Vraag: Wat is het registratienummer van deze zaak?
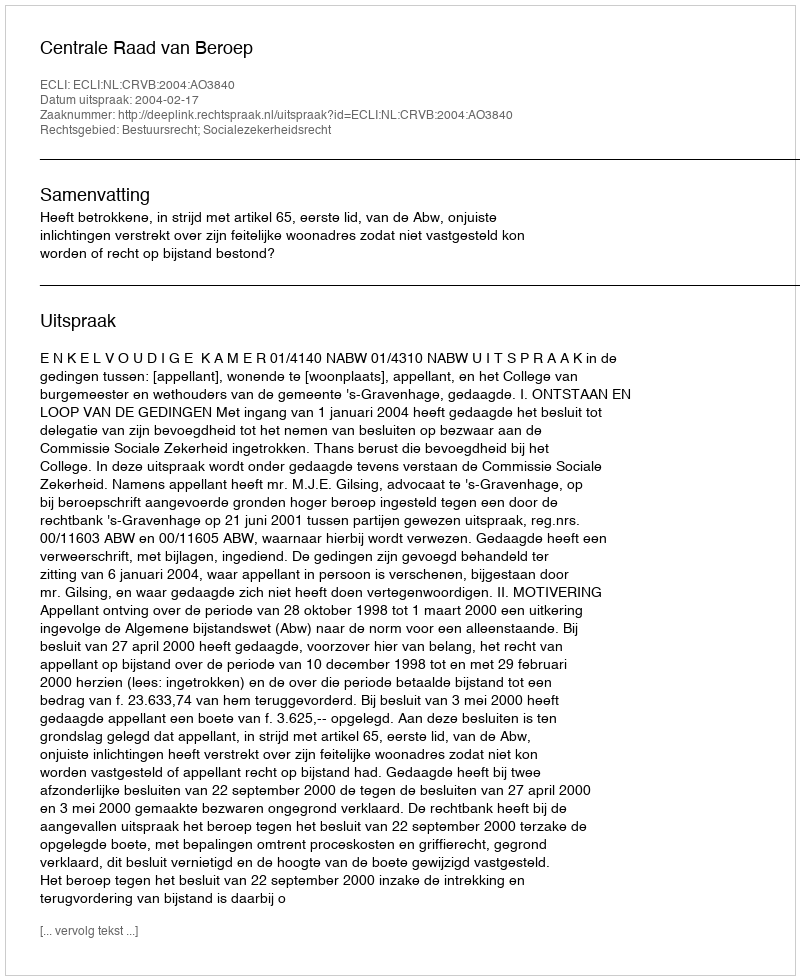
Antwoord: http://deeplink.rechtspraak.nl/uitspraak?id=ECLI:NL:CRVB:2004:AO3840